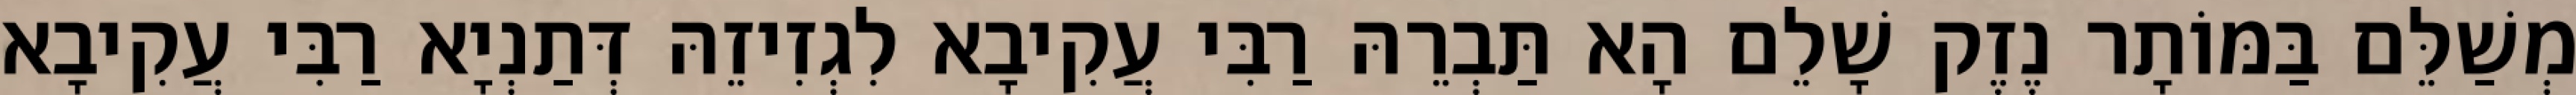
מְשַׁלֵּם בַּמּוֹתָר נֶזֶק שָׁלֵם הָא תַּבְרֵהּ רַבִּי עֲקִיבָא לִגְזִיזֵהּ דְּתַנְיָא רַבִּי עֲקִיבָא